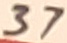
Text: 37